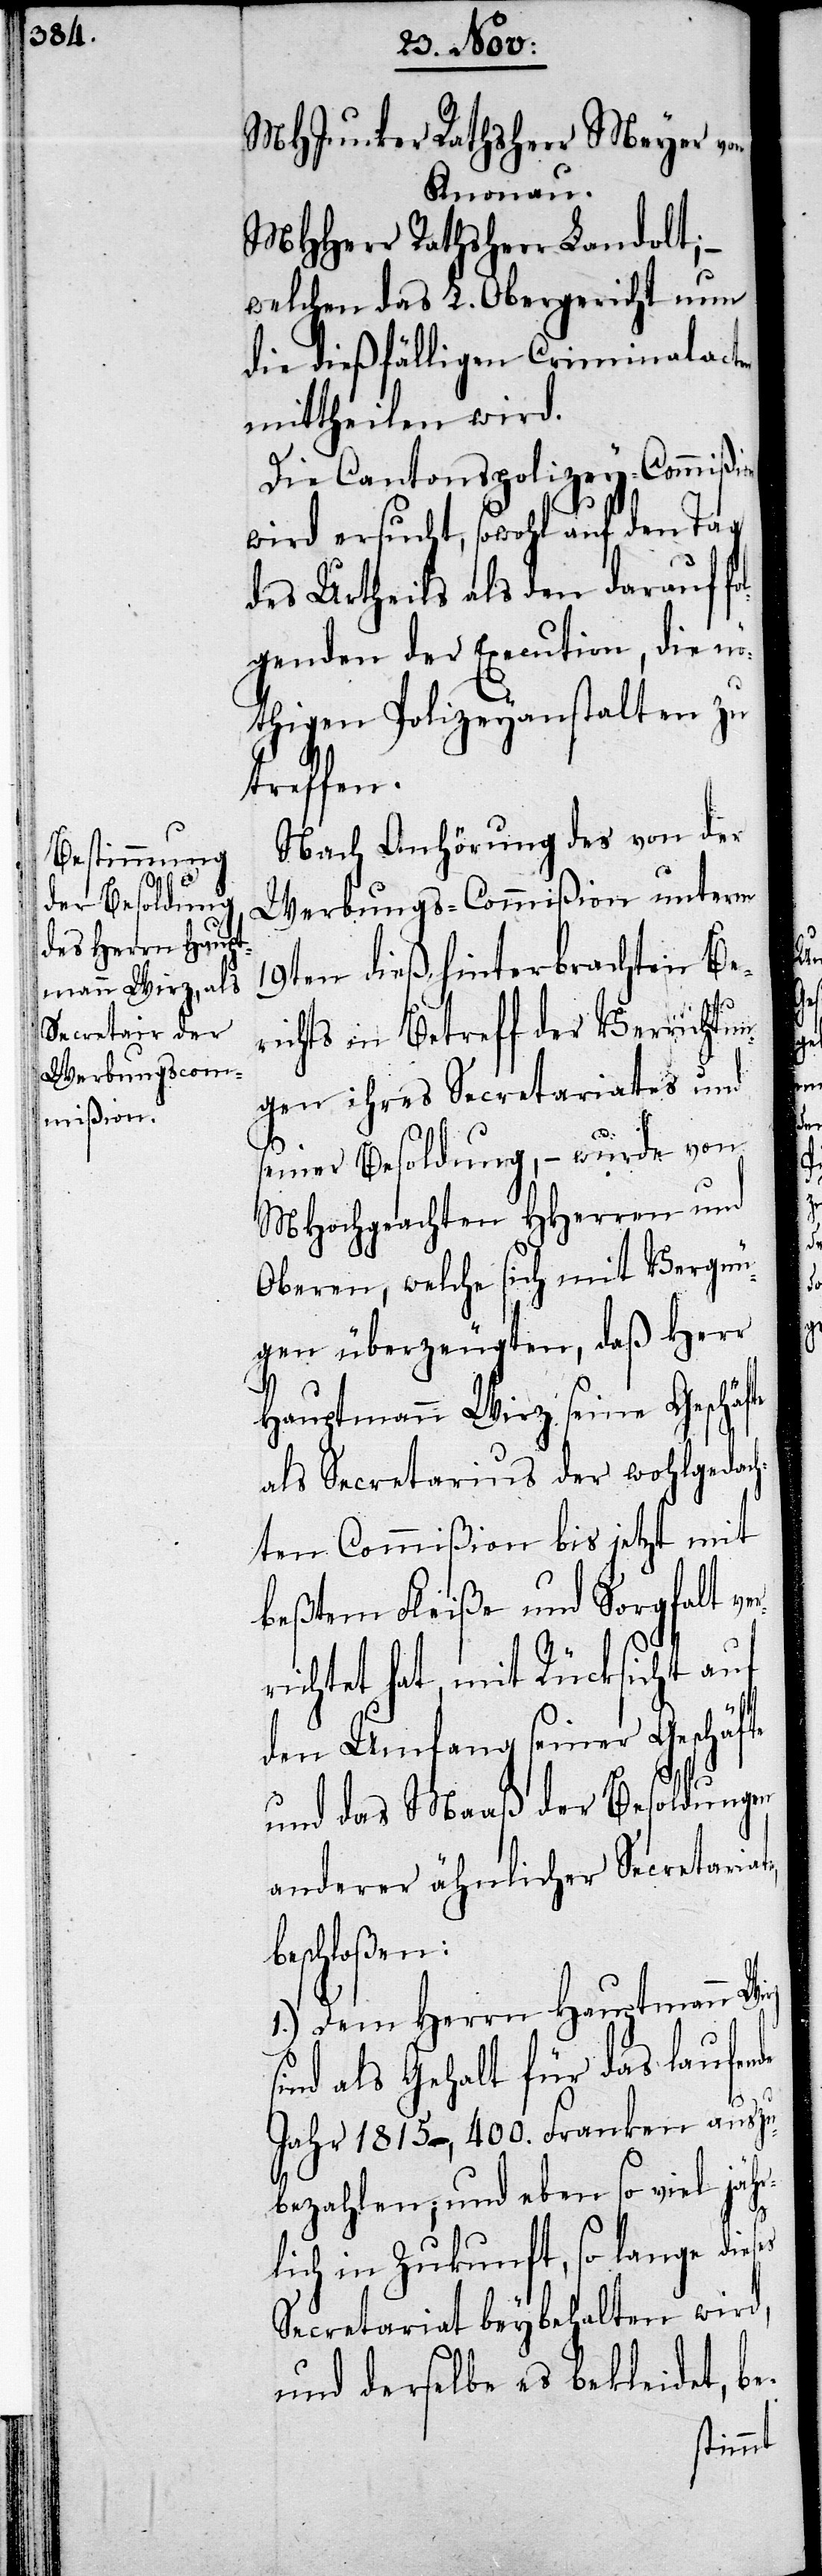
MHJunker Rathsherr Meyer von
Knonau.
MHHerr Rathsherr Landolt;
welchen das L. Obergericht nun
die dießfälligen Criminalacten
mittheilen wird.
Die Cantonspolizey-Commißion
wird ersucht, sowohl auf den Tag
des Urtheils als den darauf fo¬
lgenden der Execution, die nö¬
thigen Polizeyanstalten zu
treffen.
Nach Anhörung des von der
Werbungs-Commißion unterm
19ten dieß hinterbrachten Be¬
richts in Betreff der Verrichtun¬
gen ihres Secretariates und
seiner Besoldung, – wurde von
MHochgeachten HHerren und
Oberen, welche sich mit Vergnü¬
gen überzeugten, daß Herr
Hauptmann Wirz seine Geschäf¬
als Secretarius der wohlgedach¬
ten Commißion bis jetzt mit
beßtem Fleiße und Sorgfalt ver¬
richtet hat, mit Rücksicht auf
den Umfang seiner Geschäfte
und das Maaß der Besoldungen
anderer ähnlicher Secretariate,
beschloßen:
1.) Dem Herrn Hauptmann
sind als Gehalt für das laufende
Jahr 1815., 400. Franken auszu¬
bezahlen; und eben so viel jähr¬
lich in Zukunft, so lange dieses
Secretariat beybehalten wird,
und derselbe es bekleidet, be-
te